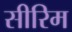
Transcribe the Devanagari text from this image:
सीरिम